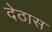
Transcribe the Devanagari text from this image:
देठास